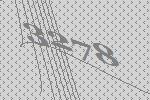
3278